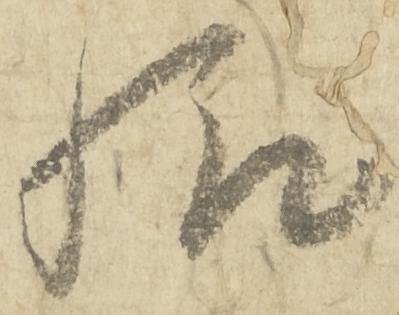
給